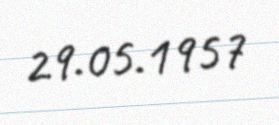
29.05.1957